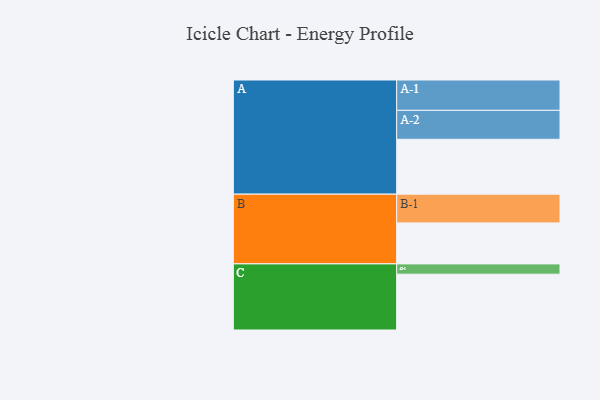
{"axis": {"x": "Segment", "y": "Value"}, "legend": ["", "A", "B", "C"], "data": [{"x": "A", "y": 474, "type": ""}, {"x": "B", "y": 354, "type": ""}, {"x": "C", "y": 482, "type": ""}, {"x": "A-1", "y": 262, "type": "A"}, {"x": "A-2", "y": 250, "type": "A"}, {"x": "B-1", "y": 248, "type": "B"}, {"x": "C-1", "y": 89, "type": "C"}]}